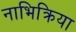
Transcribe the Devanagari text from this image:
नाभिक्रिया